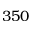
3 5 0